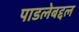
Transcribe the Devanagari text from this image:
पाडलेबद्दल